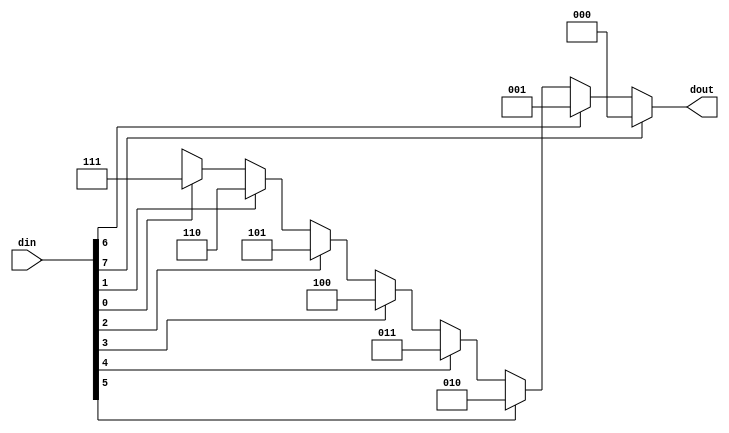
`timescale 1ns / 1ps
//////////////////////////////////////////////////////////////////////////////////
// Company: 
// Engineer: 
// 
// Design Name: 
// Module Name: PriorityEncoder8to3
// Project Name: 
// Target Devices: 
// Tool Versions: 
// Description: 
// 
// Dependencies: 
// 
// Revision:
// Revision 0.01 - File Created
// Additional Comments:
// 
//////////////////////////////////////////////////////////////////////////////////


module PriorityEncoder8to3(din,dout);

input [7:0]din;
output reg [2:0]dout;

always @ (din) 
begin
 if (din[7])
  dout = 3'b000;
 else if (din[6])
  dout = 3'b001;
 else if (din[5])
  dout = 3'b010;
 else if (din[4])
  dout = 3'b011;
 else if (din[3])
  dout = 3'b100;
 else if (din[2])
  dout = 3'b101;
 else if (din[1])
  dout = 3'b110;
 else if (din[0])
  dout = 3'b111;
 else
  dout = 3'bXXX;
end

endmodule